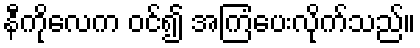
နီကိုလေက ဝင်၍ အကြံပေးလိုက်သည်။